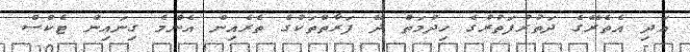
އަދި އެތެރޭގެ ދަތުރުފަތުރުގެ ހިދުމަތް ދޭ ފަރާތްތަކުގެ ތެރެއިން އެންމެ ގިނައިން ޓެކްސް